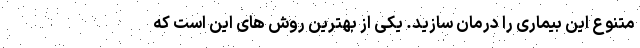
متنوع این بیماری را درمان سازید. یکی از بهترین روش های این است که